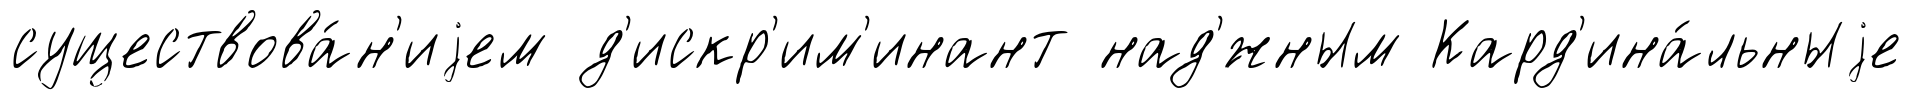
существова́н'иjем д'искр'им'инант над'́жным Кард'ина́льныjе